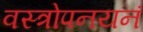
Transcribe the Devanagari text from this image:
वस्त्रोपनयनं